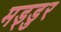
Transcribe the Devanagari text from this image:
मड्डुर